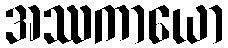
အဿကာယော